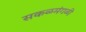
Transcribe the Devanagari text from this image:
सकळमंगळी